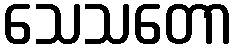
သေသတော